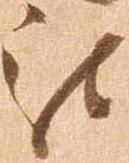
被